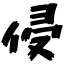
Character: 侵